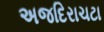
અજદિરાચટા